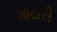
શાયરી